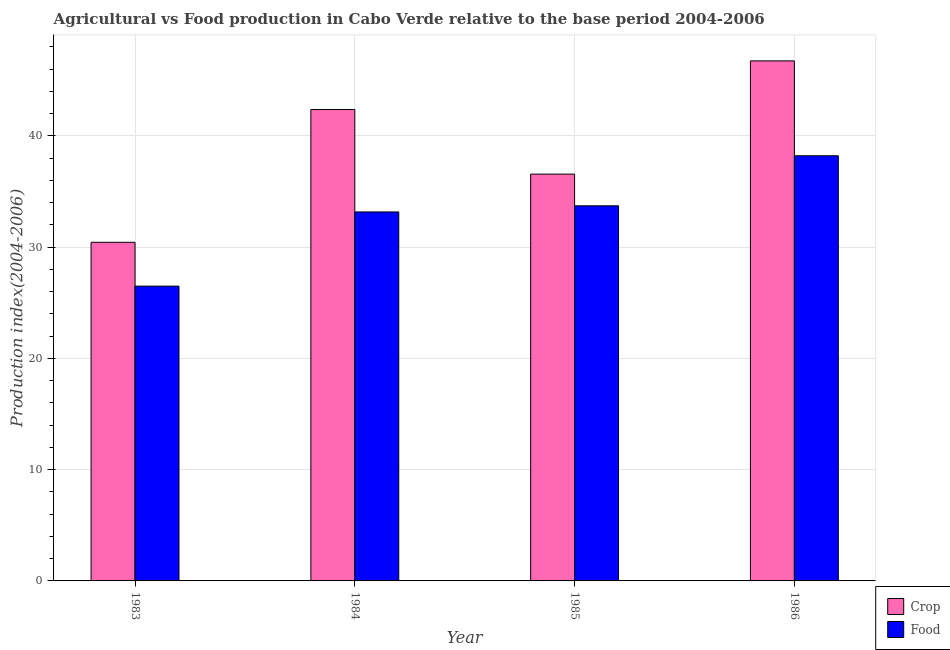
| Year | Crop | Food |
 | --- | --- | --- |
 | 1983 | 30.4 | 26.5 |
 | 1984 | 42.4 | 33.2 |
 | 1985 | 36.6 | 33.7 |
 | 1986 | 46.8 | 38.2 |